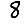
Digit: 8